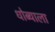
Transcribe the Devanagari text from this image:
धोब्याला